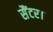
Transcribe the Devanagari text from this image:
सैंटर।